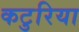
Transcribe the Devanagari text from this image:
कटुरिया